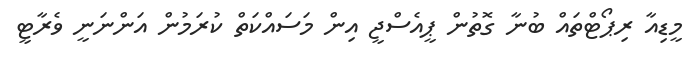
މީޑިއާ ރިޕޯޓްތައް ބުނާ ގޮތުން ޕީއެސްޖީ އިން މަސައްކަތް ކުރަމުން އަންނަނީ ވެރާޓީ